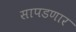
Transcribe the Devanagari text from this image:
सापडणार